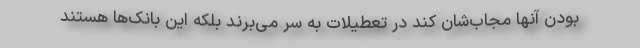
بودن آنها مجاب‌شان کند در تعطیلات به سر می‌برند بلکه این بانک‌ها هستند